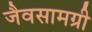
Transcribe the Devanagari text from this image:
जैवसामग्री